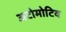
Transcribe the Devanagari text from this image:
अटोमोटिव